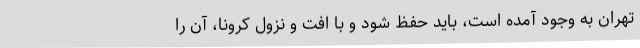
تهران به وجود آمده است، باید حفظ شود و با افت و نزول کرونا، آن را